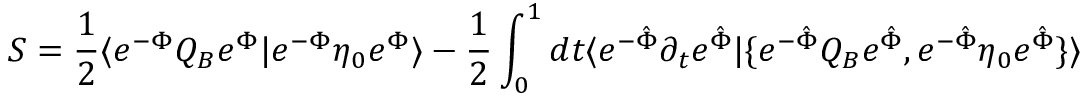
S = { \frac { 1 } { 2 } } \langle e ^ { - \Phi } Q _ { B } e ^ { \Phi } | e ^ { - \Phi } \eta _ { 0 } e ^ { \Phi } \rangle - { \frac { 1 } { 2 } } \int _ { 0 } ^ { 1 } d t \langle e ^ { - { \hat { \Phi } } } \partial _ { t } e ^ { \hat { \Phi } } | \{ e ^ { - { \hat { \Phi } } } Q _ { B } e ^ { \hat { \Phi } } , e ^ { - { \hat { \Phi } } } \eta _ { 0 } e ^ { \hat { \Phi } } \} \rangle